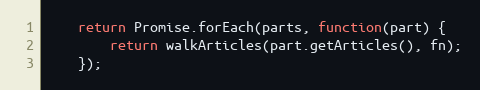
Language: JavaScript
    return Promise.forEach(parts, function(part) {
        return walkArticles(part.getArticles(), fn);
    });